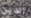
الدين